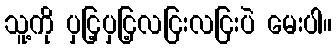
သူ့ကို ပှငြ့ပှငြ့လငြးလငြးပဲ မေးပါ။